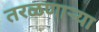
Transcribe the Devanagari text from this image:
तरळणाऱ्या